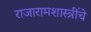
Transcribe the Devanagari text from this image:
राजारामशास्त्रींचे